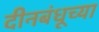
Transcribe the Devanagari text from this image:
दीनबंधूच्या